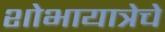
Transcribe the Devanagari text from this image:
शोभायात्रेचे